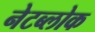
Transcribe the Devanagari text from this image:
नेटब्लोक